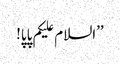
’’السلام علیکم پاپا!